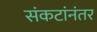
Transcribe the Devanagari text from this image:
संकटांनंतर